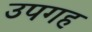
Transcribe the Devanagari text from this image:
उपगह